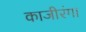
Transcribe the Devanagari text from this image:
काजीरंगा